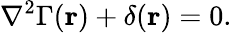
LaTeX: \nabla^{2}\Gamma(\mathbf{r})+\delta(\mathbf{r})=0.